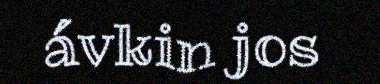
ávkin jos